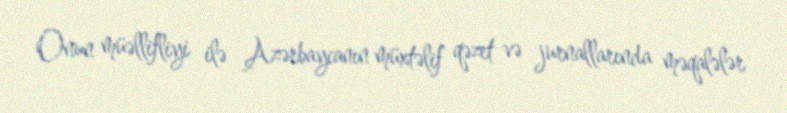
Onun müəllifliyi ilə Azərbaycanın müxtəlif qəzet və jurnallarında məqalələr